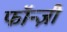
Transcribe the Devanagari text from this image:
फॉन्ज़ी